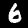
Digit: 6